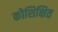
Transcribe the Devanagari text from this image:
कोशिक्षित